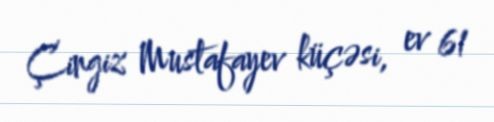
Çingiz Mustafayev küçəsi, ev 61